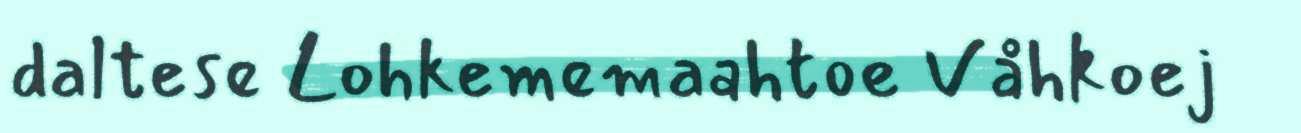
daltese Lohkememaahtoe Våhkoej